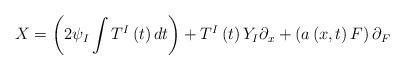
LaTeX: \begin{align*}X=\left( 2\psi _{I}\int T^{I}\left( t\right) dt\right) +T^{I}\left( t\right)Y_{I}\partial _{x}+\left( a\left( x,t\right) F\right) \partial _{F}\end{align*}